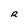
Character: R